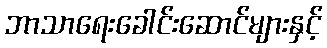
ဘာသာရေးခေါင်းဆောင်များနှင့်